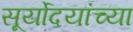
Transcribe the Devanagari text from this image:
सूर्योदयांच्या